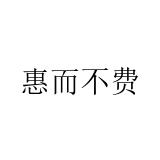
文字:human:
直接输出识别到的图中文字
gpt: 惠而不费